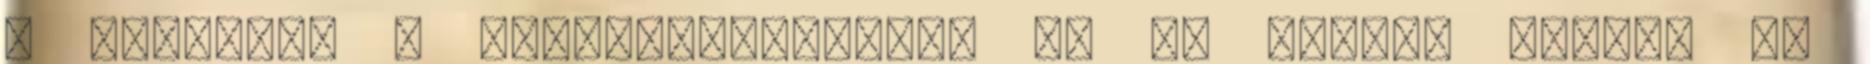
a sütinkre a gyurmakeveréket. Ez is nagyon ragad, és